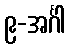
၉-အင်္ဂါ